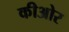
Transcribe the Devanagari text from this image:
कीओर